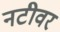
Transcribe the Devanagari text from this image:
नटीवर